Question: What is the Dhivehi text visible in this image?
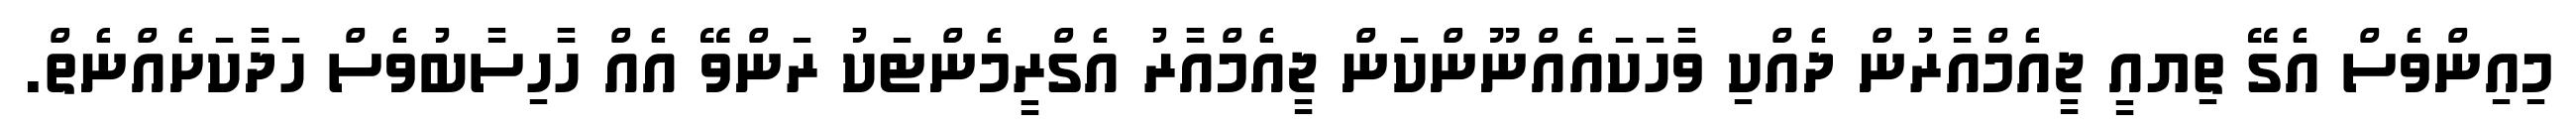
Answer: މިއިންވެސް އެގޭ ތިޔއީ ޖީއެމްއާރުން ދެއްކި ވާހަކައެއްނޫންކަން ޖީއެމްއާރު އެގްރީމެންޓަކު ރަންވޭ އެއް ހާހިސާބުވެސް ހަދާކަށެއްނެތް.